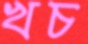
খচ